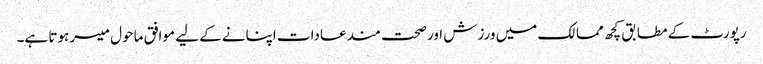
رپورٹ کے مطابق کچھ ممالک میں ورزش اور صحت مند عادات اپنانے کے لیے موافق ماحول میسر ہوتا ہے۔